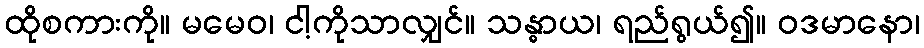
ထိုစကားကို။ မမေဝ၊ ငါ့ကိုသာလျှင်။ သန္ဓာယ၊ ရည်ရွယ်၍။ ဝဒမာနော၊